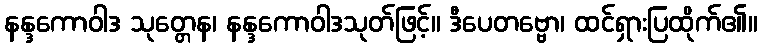
နန္ဒကောဝါဒ သုတ္တေန၊ နန္ဒကောဝါဒသုတ်ဖြင့်။ ဒီပေတဗ္ဗော၊ ထင်ရှားပြထိုက်၏။